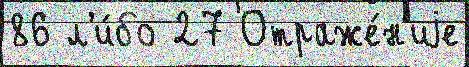
86 л'и́бо 27 Отраже́н'иjе